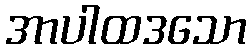
အာပါထဒသော